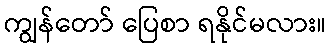
ကျွန်တော် ပြေစာ ရနိုင်မလား။